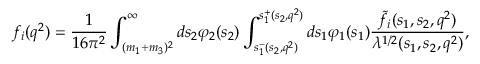
f _ { i } ( q ^ { 2 } ) = \frac 1 { 1 6 \pi ^ { 2 } } \int _ { ( m _ { 1 } + m _ { 3 } ) ^ { 2 } } ^ { \infty } d s _ { 2 } \varphi _ { 2 } ( s _ { 2 } ) \int _ { s _ { 1 } ^ { - } ( s _ { 2 } , q ^ { 2 } ) } ^ { s _ { 1 } ^ { + } ( s _ { 2 } , q ^ { 2 } ) } d s _ { 1 } \varphi _ { 1 } ( s _ { 1 } ) \frac { \tilde { f } _ { i } ( s _ { 1 } , s _ { 2 } , q ^ { 2 } ) } { \lambda ^ { 1 / 2 } ( s _ { 1 } , s _ { 2 } , q ^ { 2 } ) } ,